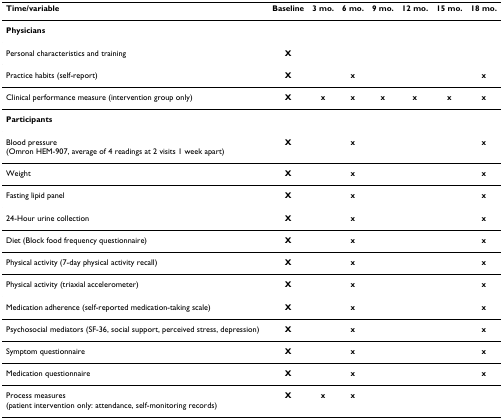
<table><thead><tr><td><b>Time/variable</b></td><td><b>Baseline</b></td><td><b>3 mo.</b></td><td><b>6 mo.</b></td><td><b>9 mo.</b></td><td><b>12 mo.</b></td><td><b>15 mo.</b></td><td><b>18 mo.</b></td></tr></thead><tbody><tr><td><b>Physicians</b></td><td></td><td></td><td></td><td></td><td></td><td></td><td></td></tr><tr><td>Personal characteristics and training</td><td><b>X</b></td><td></td><td></td><td></td><td></td><td></td><td></td></tr><tr><td>Practice habits (self-report)</td><td><b>X</b></td><td></td><td><b>x</b></td><td></td><td></td><td></td><td><b>x</b></td></tr><tr><td>Clinical performance measure (intervention group only)</td><td><b>X</b></td><td><b>x</b></td><td><b>x</b></td><td><b>x</b></td><td><b>x</b></td><td><b>x</b></td><td><b>x</b></td></tr><tr><td><b>Participants</b></td><td></td><td></td><td></td><td></td><td></td><td></td><td></td></tr><tr><td>Blood pressure (Omron HEM-907, average of 4 readings at 2 visits 1 week apart)</td><td><b>X</b></td><td></td><td><b>x</b></td><td></td><td></td><td></td><td><b>x</b></td></tr><tr><td>Weight</td><td><b>X</b></td><td></td><td><b>x</b></td><td></td><td></td><td></td><td><b>x</b></td></tr><tr><td>Fasting lipid panel</td><td><b>X</b></td><td></td><td><b>x</b></td><td></td><td></td><td></td><td><b>x</b></td></tr><tr><td>24-Hour urine collection</td><td><b>X</b></td><td></td><td><b>x</b></td><td></td><td></td><td></td><td><b>x</b></td></tr><tr><td>Diet (Block food frequency questionnaire)</td><td><b>X</b></td><td></td><td><b>x</b></td><td></td><td></td><td></td><td><b>x</b></td></tr><tr><td>Physical activity (7-day physical activity recall)</td><td><b>X</b></td><td></td><td><b>x</b></td><td></td><td></td><td></td><td><b>x</b></td></tr><tr><td>Physical activity (triaxial accelerometer)</td><td><b>X</b></td><td></td><td><b>x</b></td><td></td><td></td><td></td><td><b>x</b></td></tr><tr><td>Medication adherence (self-reported medication-taking scale)</td><td><b>X</b></td><td></td><td><b>x</b></td><td></td><td></td><td></td><td><b>x</b></td></tr><tr><td>Psychosocial mediators (SF-36, social support, perceived stress, depression)</td><td><b>X</b></td><td></td><td><b>x</b></td><td></td><td></td><td></td><td><b>x</b></td></tr><tr><td>Symptom questionnaire</td><td><b>X</b></td><td></td><td><b>x</b></td><td></td><td></td><td></td><td><b>x</b></td></tr><tr><td>Medication questionnaire</td><td><b>X</b></td><td></td><td><b>x</b></td><td></td><td></td><td></td><td><b>x</b></td></tr><tr><td>Process measures (patient intervention only: attendance, self-monitoring records)</td><td><b>X</b></td><td><b>x</b></td><td><b>x</b></td><td></td><td></td><td></td><td></td></tr></tbody></table>